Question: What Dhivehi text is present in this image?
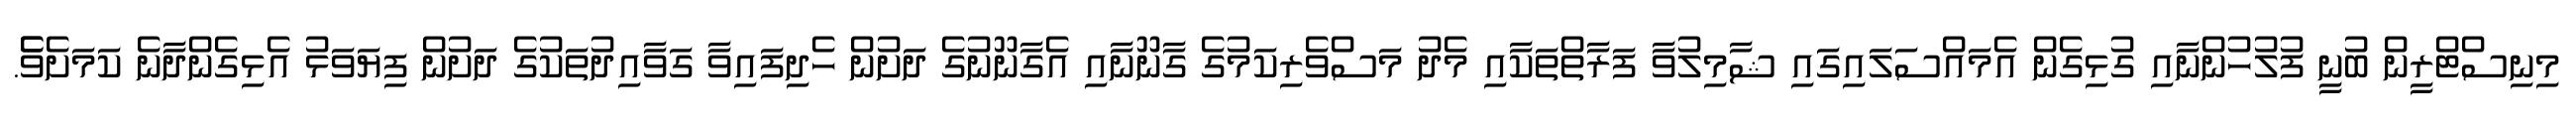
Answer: މިނިސްޓްރީން ބުނީ ފުލުހުންނާއި ގުޅިގެން އެމައްސަލައިގައި ޝާމިލުވާ ފަރާތްތަކާއި މެދު މަސްވެރިކަމުގެ ގާނޫނާއި އެގާނޫނުގެ ދަށުން ހެދިފައިވާ ގަވާއިދުތަކުގެ ދަށުން ފިޔަވަޅު އެޅިގެންދާނެ ކަމަށެވެެ.